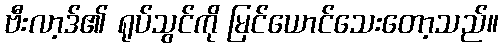
ဗီးလာ့ဒ်၏ ရုပ်သွင်ကို မြင်ယောင်သေးတော့သည်။